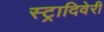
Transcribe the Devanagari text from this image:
स्ट्रादिवेरी